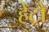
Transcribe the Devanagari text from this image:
हेट्रो